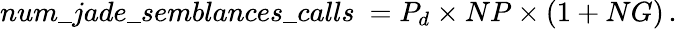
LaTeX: num\_ jade\_ semblances\_ calls\ =P_{d}\times NP\times(1+NG)\, .